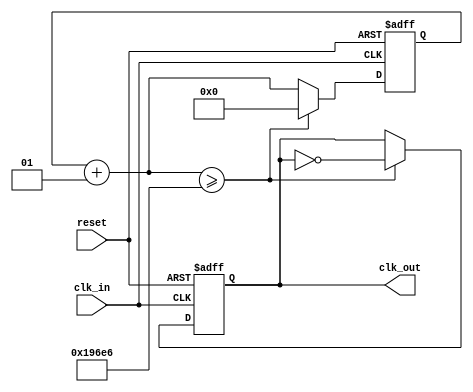
`timescale 1ns / 1ps
/****************************** C E C S  3 0 1 ******************************
 * 
 * Project:       Lab_Assignment_?
 * Designer:      Garrett Cross
 * Rev. No.:      Version 1.2.1
 * Rev. Date:     10/5/2018
 *
 * Purpose:       Clock Divider. Division is accomplished by using the 
 *                clock to cycle through a counter to a given value, 
 *                at which point the output goes high.
 *
 * Dependencies:  100MHz Clock Input
 *         
 * Notes:         Configured as a pixel clock for controlling 
 *                an 8-pixel display.
 *                Currently takes 100MHz clock input and outputs 480Hz clock
 *
 ****************************************************************************/

module clk_pixel( clk_in, reset, clk_out );
    
    input   clk_in,
            reset;
    
    output  clk_out;
    
    reg     clk_out;
    integer i;
    
    //******************************************************************//
    //  The following verilog code will "divide" an incoming clock      //
    //  by the 32-bit decimal value specified in the "if condition"     //
    //                                                                  //
    //  The value of the counter that counts the incoming clock ticks   //
    //  is equal to [ (Incoming Freq / Outgoing Freq) / 2 ]             //
    //******************************************************************//
    
    always @ (posedge clk_in or posedge reset) begin
        if (reset == 1'b1) begin
            i = 0;
            clk_out = 0;
        end
        // got a clock, so increment the counter and
        // test to see if half a period has elapsed
        else begin
            i = i + 1;
            if (i >= (100 * 10**6)/(2 * (480))) begin
                clk_out = ~clk_out;
                i = 0;
            end // if
        end // else
    end // always
     
endmodule